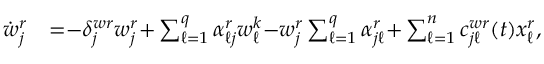
\begin{array} { r l } { \dot { w } _ { j } ^ { r } } & { { } { = } { - } \delta _ { j } ^ { w r } w _ { j } ^ { r } { + } \textstyle \sum _ { \ell = 1 } ^ { q } \alpha _ { \ell j } ^ { r } w _ { \ell } ^ { k } { - } w _ { j } ^ { r } \textstyle \sum _ { \ell = 1 } ^ { q } \alpha _ { j \ell } ^ { r } { + } \textstyle \sum _ { \ell = 1 } ^ { n } c _ { j \ell } ^ { w r } ( t ) x _ { \ell } ^ { r } , } \end{array}